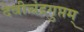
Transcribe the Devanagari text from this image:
देवीचंद्रगुप्तम्‌